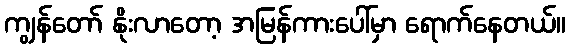
ကျွန်တော် နိုးလာတော့ အမြန်ကားပေါ်မှာ ရောက်နေတယ်။